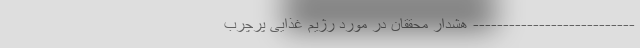
--------------------------- هشدار محققان در مورد رژیم‌ غذایی پرچرب